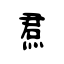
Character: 焄